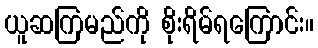
ယူဆကြမည်ကို စိုးရိမ်ရကြောင်း။